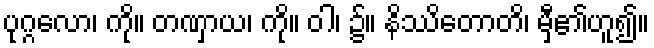
ပုဂ္ဂလော၊ ကို။ တဏှာယ၊ ကို။ ဝါ၊ ၌။ နိဿိတောတိ၊ မှီ၏ဟူ၍။